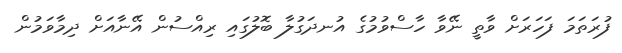
ފުރަތަމަ ފަހަރަށް ވާތީ ނޭވާ ހާސްވުމުގެ އުނދަގުލާ ބޮލުގައި ރިއްސުން އޭނާއަށް ދިމާވަމުން